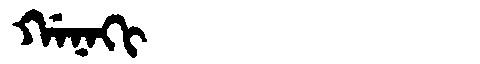
Manchu: ᡤᠠᠨᠠᡴᡳ
Romanization: GANAKI